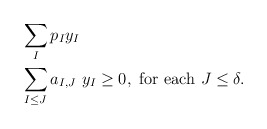
\begin{align*}\begin{aligned}& \sum_{I} p_I y_I \\ & \sum_{I \leq J} a_{I,J}\ y_I \geq 0,\ \mbox{for each}\ J \leq \delta. \\\end{aligned}\end{align*}